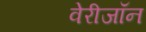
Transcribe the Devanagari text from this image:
वेरीजॉन